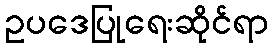
ဥပဒေပြုရေးဆိုင်ရာ